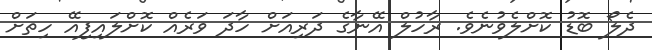
ދެލޯ ބޮޑު ކޮށްލެވުނެވެ. ރާހުލް އޭނާގެ ދަރިއަށް ހާދަ ވަރެއް ކޮށްލައިފިއޭ ހިތަށް